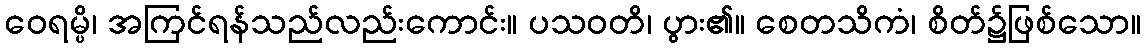
ဝေရမ္ပိ၊ အကြင်ရန်သည်လည်းကောင်း။ ပသဝတိ၊ ပွား၏။ စေတသိကံ၊ စိတ်၌ဖြစ်သော။